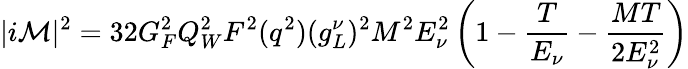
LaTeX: |i\mathcal{M}|^{2}=32G_{F}^{2}Q_{W}^{2}F^{2}(q^{2})(g_{L}^{\nu})^{2}M^{2}E_{\nu}^{2}\left(1-\frac{T}{E_{\nu}}-\frac{MT}{2E_{\nu}^{2}}\right)